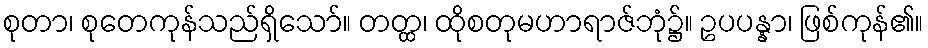
စုတာ၊ စုတေကုန်သည်ရှိသော်။ တတ္ထ၊ ထိုစတုမဟာရာဇ်ဘုံ၌။ ဥပပန္နာ၊ ဖြစ်ကုန်၏။